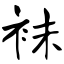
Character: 袜